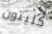
كليتون